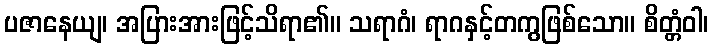
ပဇာနေယျ၊ အပြားအားဖြင့်သိရာ၏။ သရာဂံ၊ ရာဂနှင့်တကွဖြစ်သော။ စိတ္တံဝါ၊